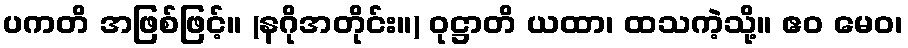
ပကတိ အဖြစ်ဖြင့်။ (နဂိုအတိုင်း။) ဝုဋ္ဌာတိ ယထာ၊ ထသကဲ့သို့။ ဧဝ မေဝ၊